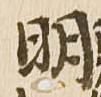
明